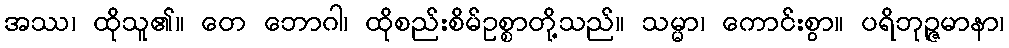
အဿ၊ ထိုသူ၏။ တေ ဘောဂါ၊ ထိုစည်းစိမ်ဥစ္စာတို့သည်။ သမ္မာ၊ ကောင်းစွာ။ ပရိဘုဉ္ဇမာနာ၊